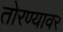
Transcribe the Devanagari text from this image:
तोरण्यावर